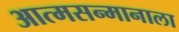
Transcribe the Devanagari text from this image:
आत्मसन्मानाला